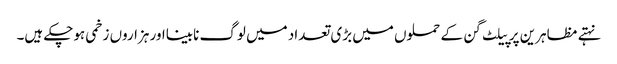
نہتے مظاہرین پر پیلٹ گن کے حملوں میں بڑی تعداد میں لوگ نابینااور ہزاروں زخمی ہوچکے ہیں۔